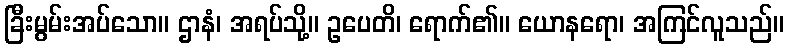
ခြီးမွမ်းအပ်သော။ ဌာနံ၊ အရပ်သို့။ ဥပေတိ၊ ရောက်၏။ ယောနရော၊ အကြင်လူသည်။